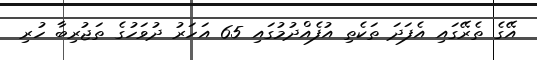
އޭގެ ތެރޭގައި އެފަދަ ތަކެތި އުފެއްދުމުގައި 65 އަހަރު ދުވަހުގެ ތަޖުރިބާ ހުރި